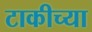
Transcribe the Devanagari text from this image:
टाकीच्या